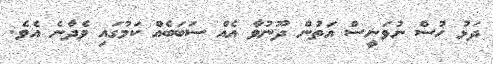
ދަޅު ހުސް ނުވަނީސް އަތުން ދޫނުވާ އެއް ސަބަބެއް ކަމުގައި ވެދާނެ އެވެ.